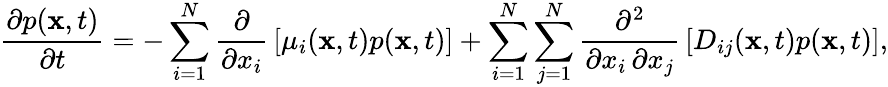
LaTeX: {\frac{\partial p(\mathbf{x},t)}{\partial t}}=-\sum_{i=1}^{N}{\frac{\partial}{\partial x_{i}}}\left[\mu_{i}(\mathbf{x},t)p(\mathbf{x},t)\right]+\sum_{i=1}^{N}\sum_{j=1}^{N}{\frac{\partial^{2}}{\partial x_{i}\, \partial x_{j}}}\left[D_{ij}(\mathbf{x},t)p(\mathbf{x},t)\right],